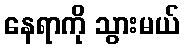
နေရာကို သွားမယ်